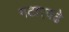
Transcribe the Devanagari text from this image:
गटाएवढे